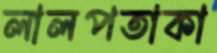
লালপতাকা